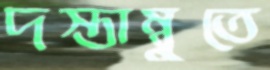
দস্তাম্বুতে